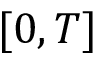
[ 0 , T ]